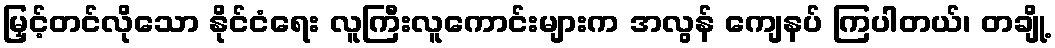
မြှင့်တင်လိုသော နိုင်ငံရေး လူကြီးလူကောင်းများက အလွန် ကျေနပ် ကြပါတယ်၊ တချို့